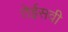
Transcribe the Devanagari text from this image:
तेईसवी